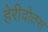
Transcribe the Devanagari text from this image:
हेरीदोतस